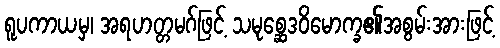
ရူပကာယမှ၊ အရဟတ္တမဂ်ဖြင့် သမုစ္ဆေဒဝိမောက္ခ၏အစွမ်းအားဖြင့်